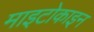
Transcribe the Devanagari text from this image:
माइटोकाइन